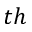
t h